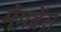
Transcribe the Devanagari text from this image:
मेमब्रेंस